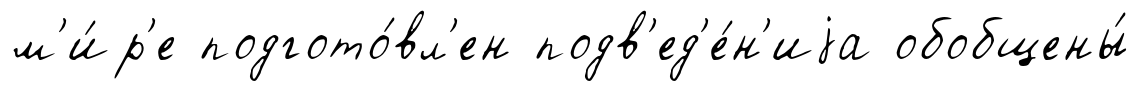
м'и́р'е подгото́вл'ен подв'ед'е́н'иjа обобщены́